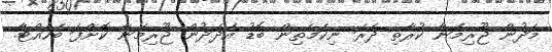
މަދުން ޖޫރިމަނާ ކުރާތި ދެރަ ނިކަމެތިން ބޮޑު އަދަދުން ޖޫރިމަނާ ކޮށްފަ ބަހައްޓާ.